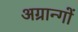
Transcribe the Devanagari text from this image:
अग्रान्गों